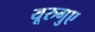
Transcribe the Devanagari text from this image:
यूरुगुए